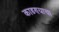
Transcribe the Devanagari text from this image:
काडण्याचा